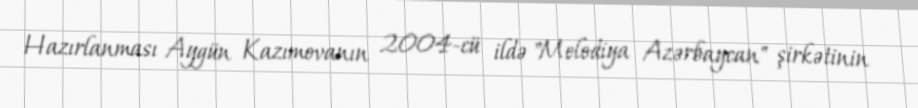
Hazırlanması Aygün Kazımovanın 2004-cü ildə "Melodiya Azərbaycan" şirkətinin